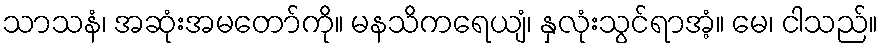
သာသနံ၊ အဆုံးအမတော်ကို။ မနသိကရေယျံ၊ နှလုံးသွင်ရာအံ့။ မေ၊ ငါသည်။